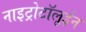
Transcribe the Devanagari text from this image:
नाइट्रोटॉलूईन